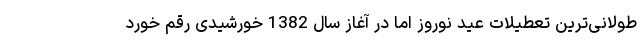
طولانی‌ترین تعطیلات عید نوروز اما در آغاز سال 1382 خورشیدی رقم خورد